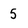
Character: 5